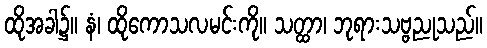
ထိုအခါ၌။ နံ၊ ထိုကောသလမင်းကို။ သတ္ထာ၊ ဘုရားသဗ္ဗညုသည်။